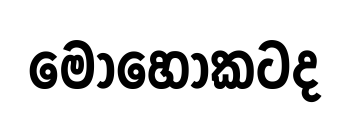
මොහොකටද